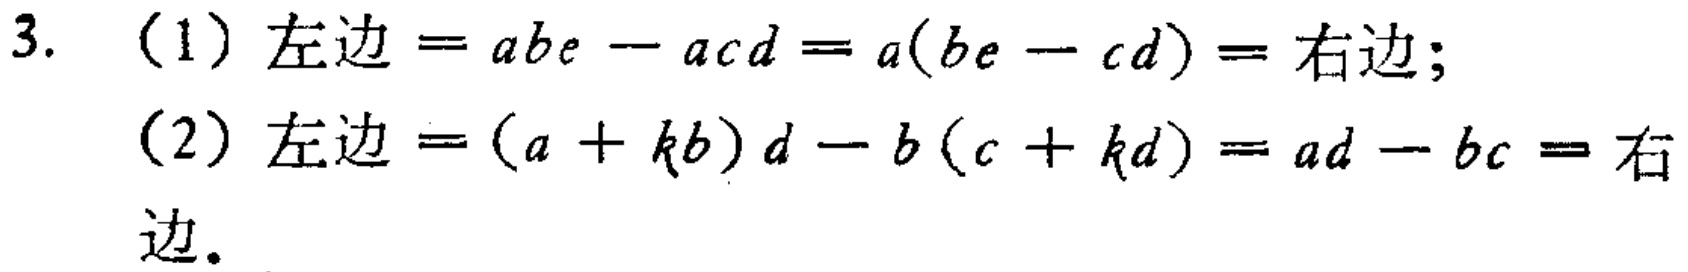
3. (1) 左边$=abe - acd=a(be - cd)=$右边;
(2) 左边$=(a + kb)d - b(c + kd)=ad - bc=$右边.